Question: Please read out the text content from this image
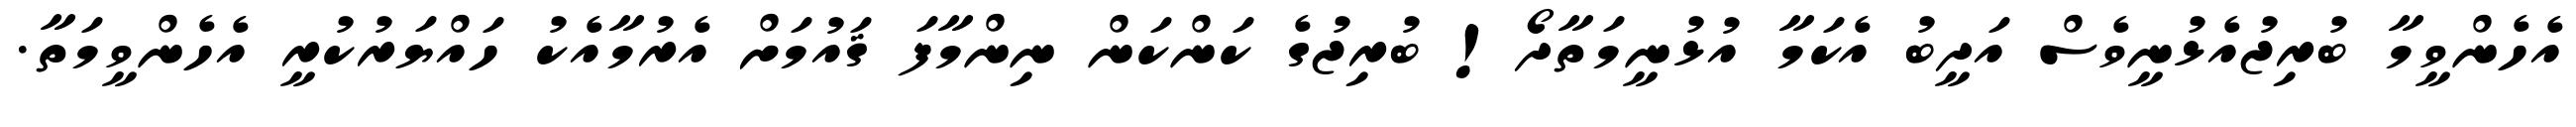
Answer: އެހެންވީމާ ބުރިޖުއެޅުނީވެސް އަދީބު އެކަމާ އުޅުނީމަތާދޯ! ބުރިޖުގެ ކަންކަން ނިންމާފަ ޤައުމަށް އެރުމާއެކު ހައްޔަރުކުރީ އެހެންވީމަތާ.